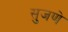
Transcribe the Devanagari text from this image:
सुजणे